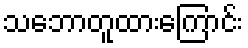
သဘောတူထားကြောင်း